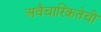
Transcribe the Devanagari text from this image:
अवैचारिकतेची